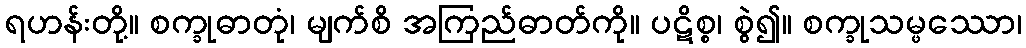
ရဟန်းတို့။ စက္ခုဓာတုံ၊ မျက်စိ အကြည်ဓာတ်ကို။ ပဋိစ္စ၊ စွဲ၍။ စက္ခုသမ္ဖဿော၊